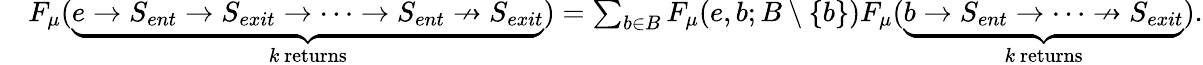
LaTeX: \begin{array}{rl}&{F_{\mu}(\underbrace{e\rightarrow S_{ent}\rightarrow S_{exit}\rightarrow\dots\rightarrow S_{ent}\nrightarrow S_{exit}}_{k\mathrm{~returns}})=\sum_{b\in B}F_{\mu}(e,b;B\setminus\{ b\} )F_{\mu}(\underbrace{b\rightarrow S_{ent}\rightarrow\dots\nrightarrow S_{exit}}_{k\mathrm{~returns}}).}\end{array}